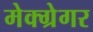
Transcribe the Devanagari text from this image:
मेक्ग्रेगर